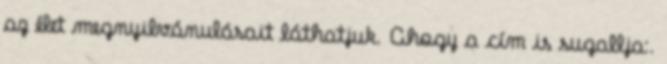
az élet megnyilvánulásait láthatjuk. Ahogy a cím is sugallja:.